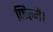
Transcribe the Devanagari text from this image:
फ़िल्में।